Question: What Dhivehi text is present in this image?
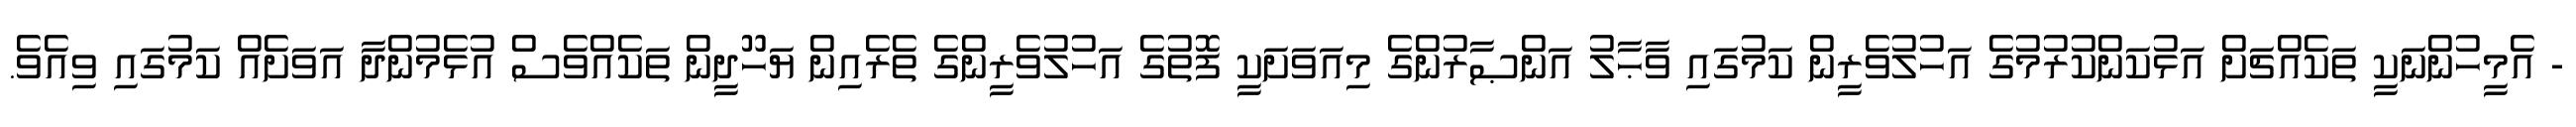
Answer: - އެމީހުންނަކީ ތަކެއްޗަށް އަޅުކަންކުރުމުގެ އަހުލުވެރީން ކަމުގައި ވާޙާލު އަންޞާރުންގެ މިއަވަށަކީ ފޮތުގެ އަހުލުވެރީންގެ ތެރެއިން ޔަހޫދީން ތަކެއްވެސް އުޅެމުންދާ އަވަށެއް ކަމުގައި ވިއެވެ.